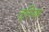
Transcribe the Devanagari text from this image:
तूलियस